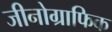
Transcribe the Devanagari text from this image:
जीनोग्राफिक